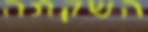
השקתה